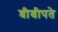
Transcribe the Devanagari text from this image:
श्रीश्रीपते